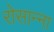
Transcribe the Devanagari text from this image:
रोसान्ना